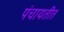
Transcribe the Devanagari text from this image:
पंचायतीत